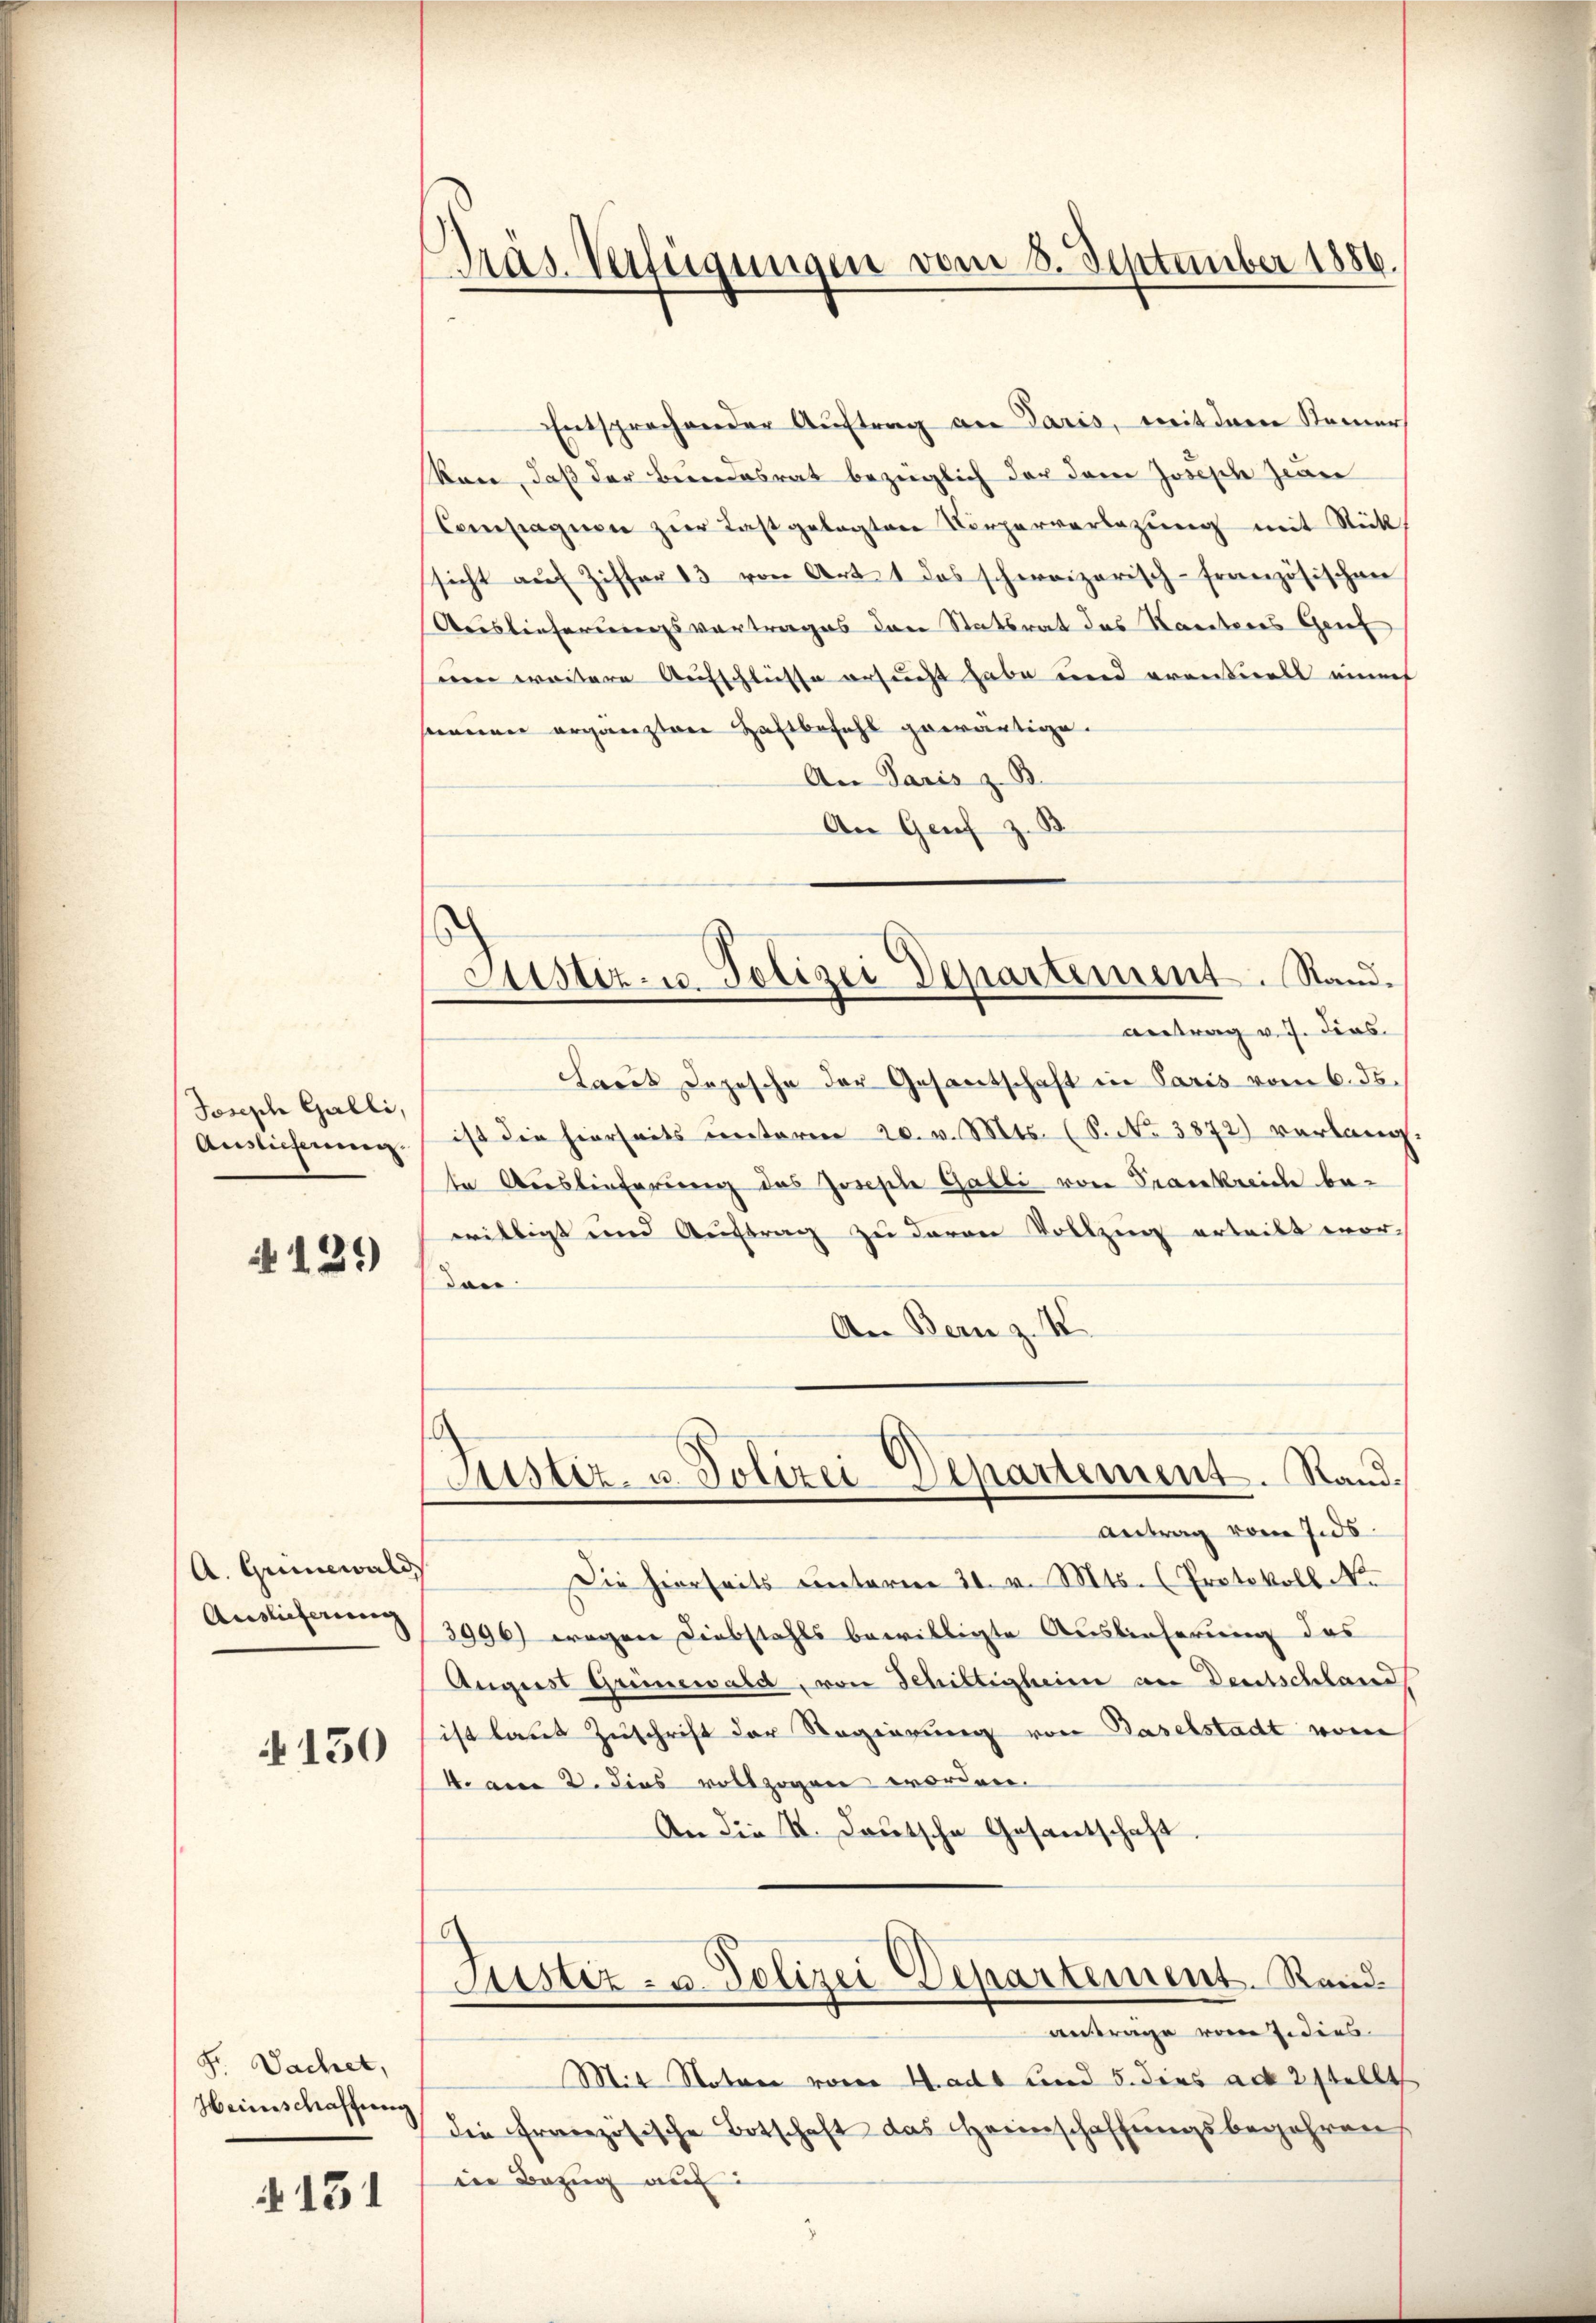
Joseph Galli,
Auslicherung.

A129)

A. Griewalds
Auslieferung

150

Fr. Dachet,
Heinschaffung

131

Entsprechender Auftrag an Paris, mit dem Reiners
kan, daß der Bundesrat bezüglich der dem Joseph zwei
Compagnen zŭr Last gelegten Körperverlegŭng mit Stück
sicht auf Ziffer 13 von Art. 1 das schweizerisch-Französischen
Auslieferungsvortrages der Statsrat das Kanteres Grif
um weitere Aufschliesse ersucht habe und eventuell einf
emeiner ergänzten Haftbefehl gewärtige.
An Paris z. B.
.
An Genf z. S

Präs. Verfügungen vom 8. September 1886.

s
Justiz- u. Polizei Departement. Stand.
antrag v. J. dies

Rustiz- u. Polizei Departement. Rand¬
Antrag vom 7.ds.

Laut Depesche der Gesantschaft in Paris vom 6. ds.
ist die hierseits unterm 20. v. Mts. (S. Nr. 3872) verlang-
te Auslieferung des Zwiesele Gabli von Frankreiche bewilligt und Auftrag zu davon Vollzung erteilt worn
An Bern z. K

Die hierseits unterm 21. v. Mts. (Protokoll No
3996) wegen Diebstahls bewilligte Auslieferung des
August Grünewald, von Schilligheim an Deutschland
ist laut Zuschrift der Regierung von Baselstadt vom
4. am 2. Dies vollzogen worden.
An die K. Deutsche Gesantschaft.
Justiz- u. Polizei Departement. Rand
antrage vom 7. dies
Mit Noten vom 4. adt und 5. dies ad 2 stellt
die französische Botschaft das Heimschaffŭngsbegehren
in Bezug auf
2